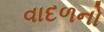
વાદળનો